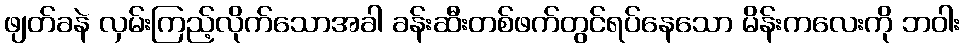
ဖျတ်ခနဲ လှမ်းကြည့်လိုက်သောအခါ ခန်းဆီးတစ်ဖက်တွင်ရပ်နေသော မိန်းကလေးကို ဘဝါး